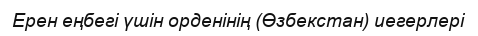
Ерен еңбегі үшін орденінің (Өзбекстан) иегерлері